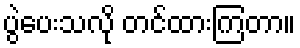
ပွဲပေးသလို တင်ထားကြတာ။